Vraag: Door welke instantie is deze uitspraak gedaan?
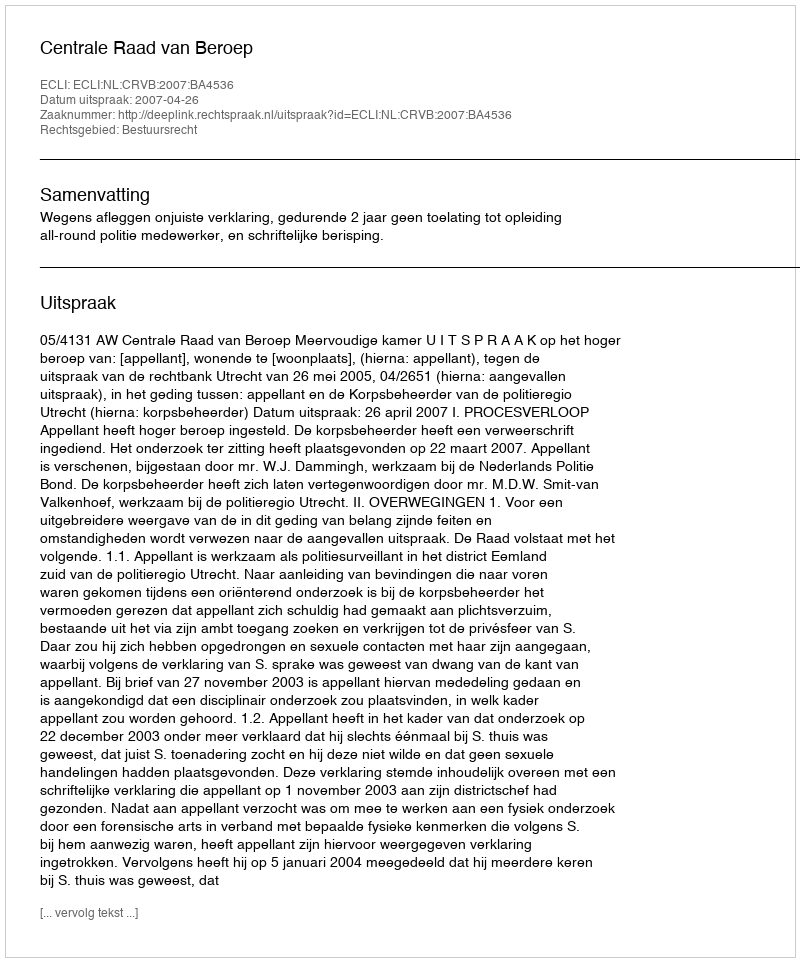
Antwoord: Centrale Raad van Beroep